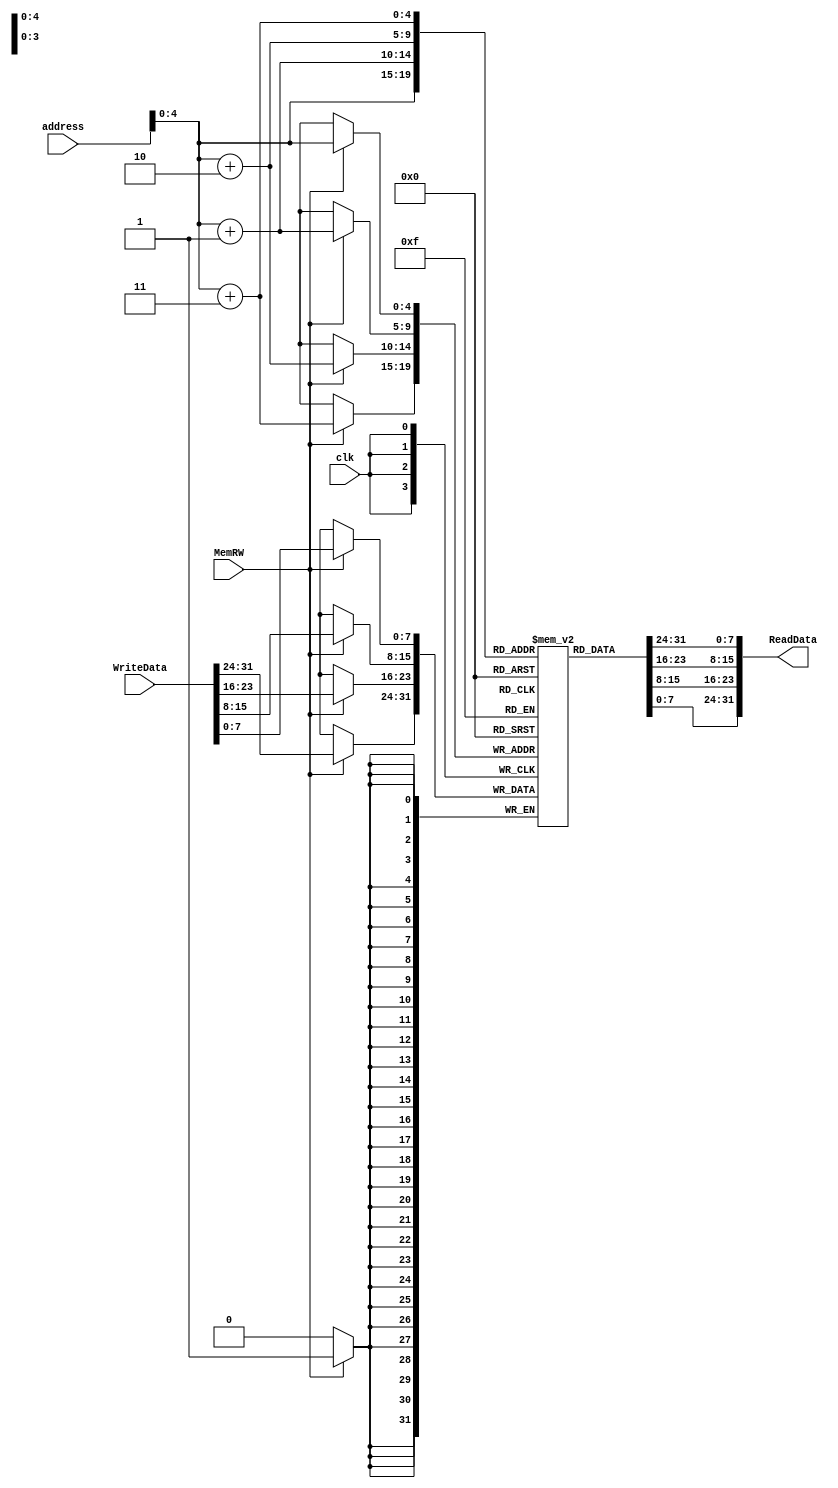
module dmem (
    clk, address, WriteData, ReadData, MemRW
);

input clk, MemRW;
input [31:0] address, WriteData;
output [31:0] ReadData;
reg [31:0] r;

reg [7:0] array [31:0];

always @(posedge clk) begin
    if (MemRW) begin // chia dữ liệu 32bit thành các mảnh 8bit rồi ghi
		array[address] = WriteData[7:0];
		array[address+1] = WriteData[15:8];
		array[address+2] = WriteData[23:16];
		array[address+3] = WriteData[31:24];
    end
end

always @(*) begin // đọc dữ liệu 32bit từ địa chỉ cơ sở
    r = {array[address+3], array[address+2], array[address+1], array[address]};
end

assign ReadData = r;

initial begin
        array[0] = 8'd10;
        array[1] = 8'd20;
        array[2] = 8'd30;
        array[3] = 8'd40;
        array[4] = 8'd50;
        array[5] = 8'd60;
        array[6] = 8'd70;
        array[7] = 8'd80;
        array[8] = 8'd90;
        array[9] = 8'd100;
        array[10] = 8'd101;
        array[11] = 8'd102;
        array[12] = 8'd103;
        array[13] = 8'd104;
        array[14] = 8'd105;
        array[15] = 8'd106;
        array[16] = 8'd107;
        array[17] = 8'd108;
        array[18] = 8'd109;
        array[19] = 8'd200;
        array[20] = 8'd201;
        array[21] = 8'd202;
        array[22] = 8'd203;
        array[23] = 8'd204;
        array[24] = 8'd205;
        array[25] = 8'd206;
        array[26] = 8'd207;
        array[27] = 8'd208;
        array[28] = 8'd209;
        array[29] = 8'd300;
        array[30] = 8'd301;
        array[31] = 8'd302;
end

endmodule